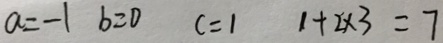
a = - 1 b = 0 c = 1 1 + 2 \times 3 = 7